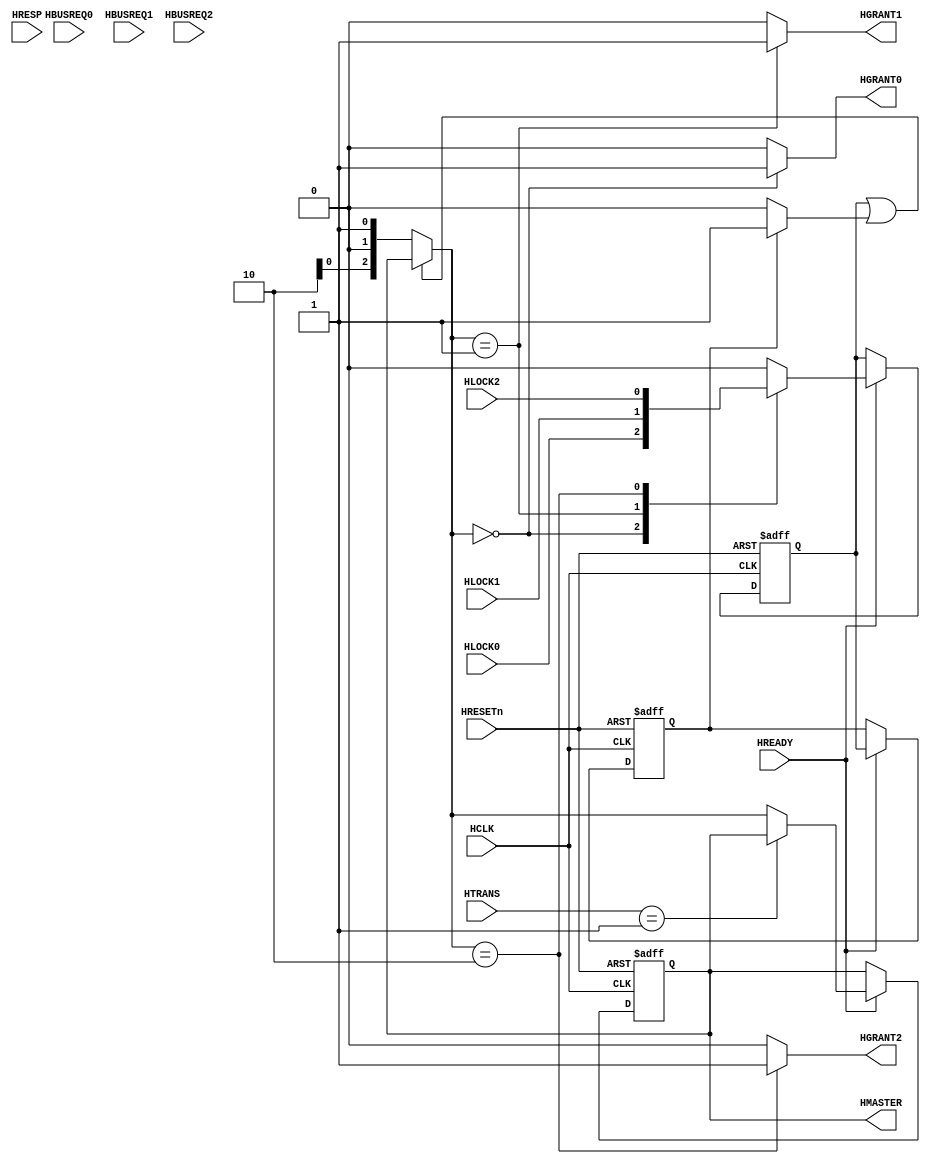
`timescale 1ns/10ps
module Arbiter (HCLK, HRESETn, HTRANS, HREADY, HRESP,
                HBUSREQ0, HBUSREQ1, HBUSREQ2, HLOCK0, HLOCK1, HLOCK2, 
                HGRANT0,  HGRANT1,  HGRANT2, HMASTER);

  input       HCLK;
  input       HRESETn;
  input [1:0] HTRANS;
  input       HREADY;
  input [1:0] HRESP;
  input       HBUSREQ0;
  input       HBUSREQ1;
  input       HBUSREQ2;
  input       HLOCK0;
  input       HLOCK1;
  input       HLOCK2;

  output       HGRANT0;
  output       HGRANT1;
  output       HGRANT2;
  output [2:0] HMASTER;

//------------------------------------------------------------------------------
// Constant declarations
//------------------------------------------------------------------------------
  // HTRANS transfer type signal encoding
  `define TRN_IDLE   2'b00
  `define TRN_BUSY   2'b01
  `define TRN_NONSEQ 2'b10
  `define TRN_SEQ    2'b11
  
  // HRESP transfer response signal encoding
  `define RSP_OKAY   2'b00
  `define RSP_ERROR  2'b01
  `define RSP_RETRY  2'b10
  `define RSP_SPLIT  2'b11
  
//------------------------------------------------------------------------------
// Signal declarations
//------------------------------------------------------------------------------
  wire         HCLK;
  wire         HRESETn;
  wire [1:0]   HTRANS;
  wire [2:0]   HBURST;
  wire         HREADY;
  wire [1:0]   HRESP;
  wire         HBUSREQ0;
  wire         HBUSREQ1;
  wire         HBUSREQ2;
  wire         HLOCK0;
  wire         HLOCK1;
  wire         HLOCK2;
  reg          HGRANT0;
  reg          HGRANT1;
  reg          HGRANT2;
  
  // Request generation
  wire [2:0]   HBUSREQ;
  reg [2:0]    TopRequest;
  reg [2:0]    GrantMaster;
  reg [2:0]    AddrMaster;
  
  // Locked transfer logic
  reg          Lock;
  reg          iHMASTLOCK;
  reg          LockedData;
  wire         HoldLock;

//------------------------------------------------------------------------------
// Register request inputs
//------------------------------------------------------------------------------
  assign HBUSREQ = {HBUSREQ2, HBUSREQ1, HBUSREQ0};

//------------------------------------------------------------------------------
// Arbitration Priority Scheme
//------------------------------------------------------------------------------
  always @ (HBUSREQ or AddrMaster)
    begin
      /*complete this part by yourself using hybrid approach which is a mixture 
        of priority-based and the round robin.*/
    end 

  always @ (iHMASTLOCK or HoldLock or AddrMaster or TopRequest)
    begin
      if  ( (iHMASTLOCK  || HoldLock ) )
        GrantMaster  = AddrMaster ;
      else
        GrantMaster  = TopRequest ;
    end
  
  always @ ( GrantMaster )
    begin
      // Default assigments
      HGRANT0 = 1'b0;
      HGRANT1 = 1'b0;
      HGRANT2 = 1'b0;
      case ( GrantMaster ) /* synopsys parallel_case */
        3'b000: HGRANT0 = 1'b1;
        3'b001: HGRANT1 = 1'b1;
        3'b010: HGRANT2 = 1'b1;
      endcase 
    end 

//------------------------------------------------------------------------------
// HMASTER output generation and registers
//------------------------------------------------------------------------------
  always @ (posedge HCLK or negedge HRESETn)
    begin
      if (!HRESETn)
        AddrMaster <=#1 3'b000 ;
      else if  ( HREADY )
        AddrMaster  <=#1 ( HTRANS==`TRN_BUSY )? AddrMaster :GrantMaster ;
    end 
    
    assign HMASTER  = AddrMaster ;

//------------------------------------------------------------------------------
// LOCKED TRANSFERS
//------------------------------------------------------------------------------
  always @ ( GrantMaster or HLOCK0 or HLOCK1 or HLOCK2 )
  begin
    case ( GrantMaster )
      3'b000: Lock  = HLOCK0;
      3'b001: Lock  = HLOCK1;
      3'b010: Lock  = HLOCK2;
      default : Lock  = 1'b0;
    endcase
  end 

// The HMASTLOCK output indicates if the current address is a locked transfer.

  always @ (posedge HCLK or negedge HRESETn)
    begin
      if  (!HRESETn)
        iHMASTLOCK  <=#1 1'b0 ;
      else if  ( HREADY )
        iHMASTLOCK  <=#1 Lock ;
    end 

//------------------------------------------------------------------------------
// Last Locked Data
//------------------------------------------------------------------------------
  always @ (posedge HCLK or negedge HRESETn)
    begin
      if  (!HRESETn)
        LockedData  <=#1 1'b0 ;
      else if  ( HREADY )
        LockedData  <=#1 iHMASTLOCK ;
    end 

  assign HoldLock  = (LockedData ) ? 1'b1  : 1'b0 ;

endmodule